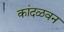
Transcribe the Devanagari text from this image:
कांदळवन